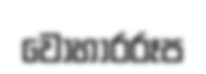
වොහාරරූප